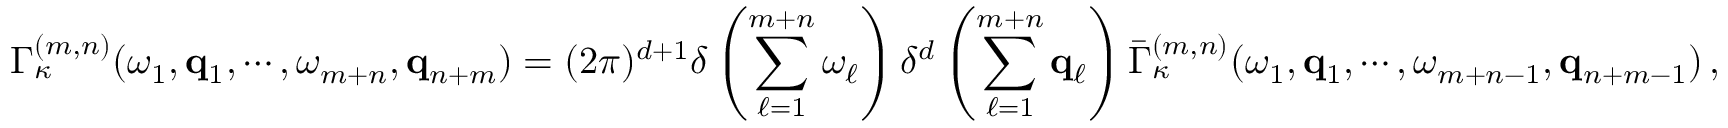
\Gamma _ { \kappa } ^ { ( m , n ) } ( \omega _ { 1 } , { \bf q } _ { 1 } , \cdots , \omega _ { m + n } , { \bf q } _ { n + m } ) = ( 2 \pi ) ^ { d + 1 } \delta \left( \sum _ { \ell = 1 } ^ { m + n } \omega _ { \ell } \right) \delta ^ { d } \left( \sum _ { \ell = 1 } ^ { m + n } { \bf q } _ { \ell } \right) \bar { \Gamma } _ { \kappa } ^ { ( m , n ) } ( \omega _ { 1 } , { \bf q } _ { 1 } , \cdots , \omega _ { m + n - 1 } , { \bf q } _ { n + m - 1 } ) \, ,